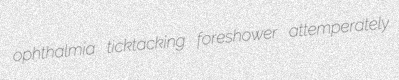
ophthalmia ticktacking foreshower attemperately